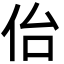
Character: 佁